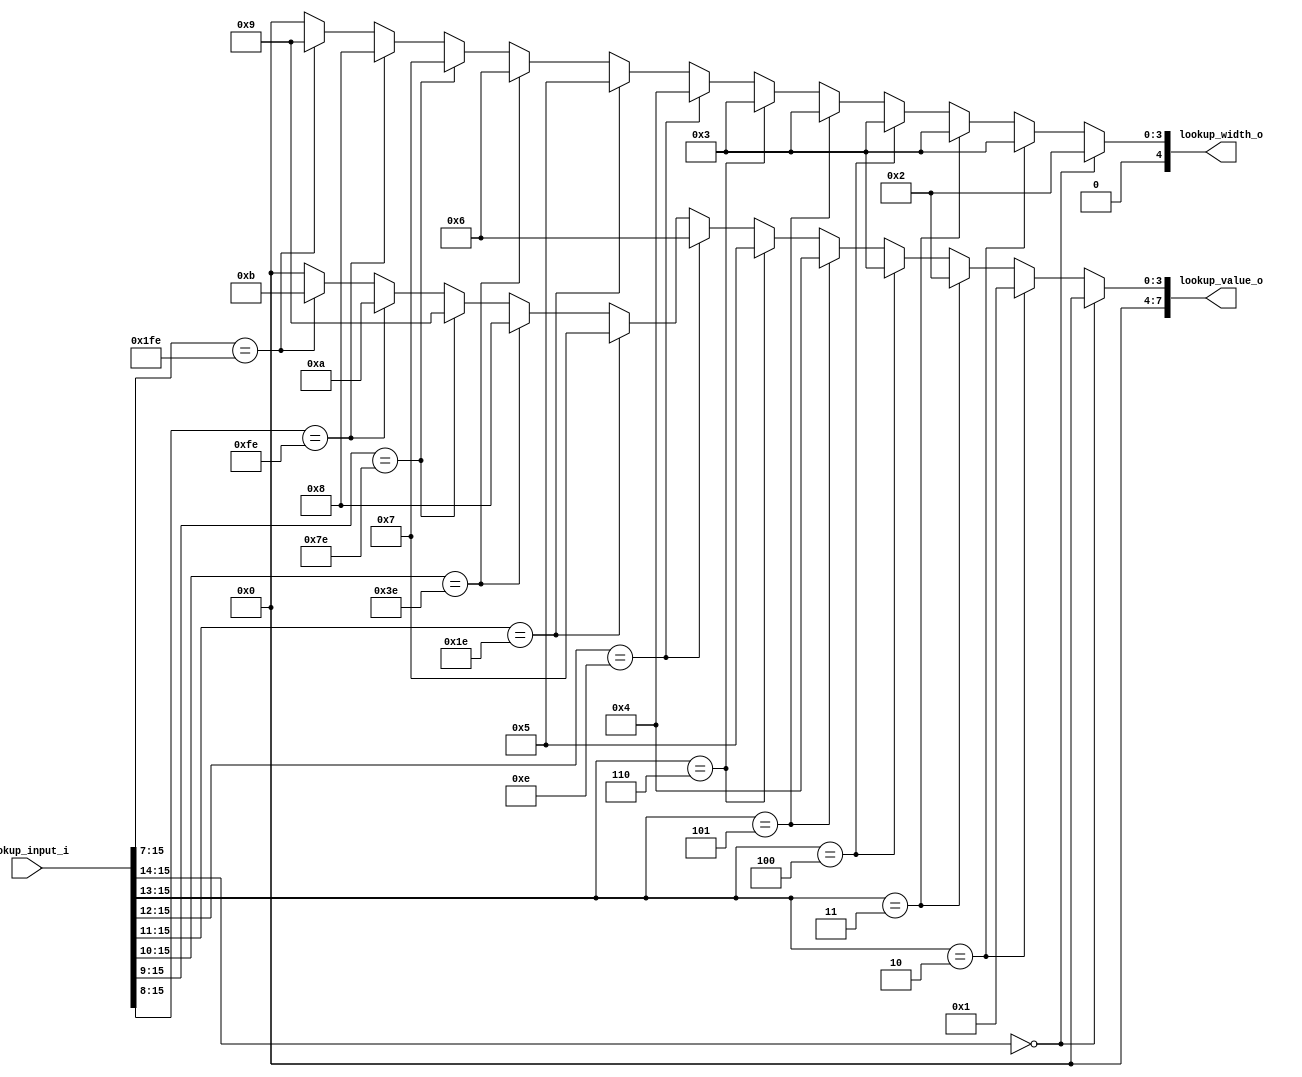
//-----------------------------------------------------------------
//                      Baseline JPEG Decoder
//                             V0.1
//                       Ultra-Embedded.com
//                        Copyright 2020
//
//                   admin@ultra-embedded.com
//-----------------------------------------------------------------
//                      License: Apache 2.0
// This IP can be freely used in commercial projects, however you may
// want access to unreleased materials such as verification environments,
// or test vectors, as well as changes to the IP for integration purposes.
// If this is the case, contact the above address.
// I am interested to hear how and where this IP is used, so please get
// in touch!
//-----------------------------------------------------------------
// Copyright 2020 Ultra-Embedded.com
// 
// Licensed under the Apache License, Version 2.0 (the "License");
// you may not use this file except in compliance with the License.
// You may obtain a copy of the License at
// 
//     http://www.apache.org/licenses/LICENSE-2.0
// 
// Unless required by applicable law or agreed to in writing, software
// distributed under the License is distributed on an "AS IS" BASIS,
// WITHOUT WARRANTIES OR CONDITIONS OF ANY KIND, either express or implied.
// See the License for the specific language governing permissions and
// limitations under the License.
//-----------------------------------------------------------------
module jpeg_dht_std_y_dc
(
     input  [ 15:0]  lookup_input_i
    ,output [  4:0]  lookup_width_o
    ,output [  7:0]  lookup_value_o
);

//-----------------------------------------------------------------
// Y DC Table (standard)
//-----------------------------------------------------------------
reg [7:0] y_dc_value_r;
reg [4:0] y_dc_width_r;

always @ *
begin
    y_dc_value_r = 8'b0;
    y_dc_width_r = 5'b0;

    if (lookup_input_i[15:14] == 2'h0)
    begin
         y_dc_value_r = 8'h00;
         y_dc_width_r = 5'd2;
    end
    else if (lookup_input_i[15:13] == 3'h2)
    begin
         y_dc_value_r = 8'h01;
         y_dc_width_r = 5'd3;
    end
    else if (lookup_input_i[15:13] == 3'h3)
    begin
         y_dc_value_r = 8'h02;
         y_dc_width_r = 5'd3;
    end
    else if (lookup_input_i[15:13] == 3'h4)
    begin
         y_dc_value_r = 8'h03;
         y_dc_width_r = 5'd3;
    end
    else if (lookup_input_i[15:13] == 3'h5)
    begin
         y_dc_value_r = 8'h04;
         y_dc_width_r = 5'd3;
    end
    else if (lookup_input_i[15:13] == 3'h6)
    begin
         y_dc_value_r = 8'h05;
         y_dc_width_r = 5'd3;
    end
    else if (lookup_input_i[15:12] == 4'he)
    begin
         y_dc_value_r = 8'h06;
         y_dc_width_r = 5'd4;
    end
    else if (lookup_input_i[15:11] == 5'h1e)
    begin
         y_dc_value_r = 8'h07;
         y_dc_width_r = 5'd5;
    end
    else if (lookup_input_i[15:10] == 6'h3e)
    begin
         y_dc_value_r = 8'h08;
         y_dc_width_r = 5'd6;
    end
    else if (lookup_input_i[15:9] == 7'h7e)
    begin
         y_dc_value_r = 8'h09;
         y_dc_width_r = 5'd7;
    end
    else if (lookup_input_i[15:8] == 8'hfe)
    begin
         y_dc_value_r = 8'h0a;
         y_dc_width_r = 5'd8;
    end
    else if (lookup_input_i[15:7] == 9'h1fe)
    begin
         y_dc_value_r = 8'h0b;
         y_dc_width_r = 5'd9;
    end
end

assign lookup_width_o = y_dc_width_r;
assign lookup_value_o = y_dc_value_r;

endmodule